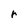
Character: r